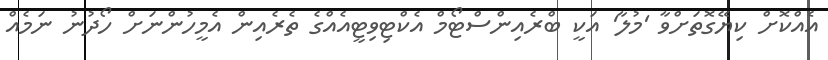
އެއްކޮށް ކިޔޭގޮތަށްވާ 'މުލާ' އަކީ ބްރެއިންސްޓޯމް އެކްޓިވިޓީއެއްގެ ތެރެއިން އެމީހުންނަށް ހޯދުނު ނަމެއް